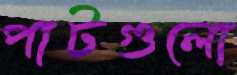
পাটগুলো